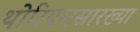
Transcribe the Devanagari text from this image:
थोरियमसारख्या